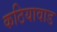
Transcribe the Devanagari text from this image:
कठियावाड